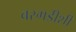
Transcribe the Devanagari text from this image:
बरगडीशी